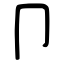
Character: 卩